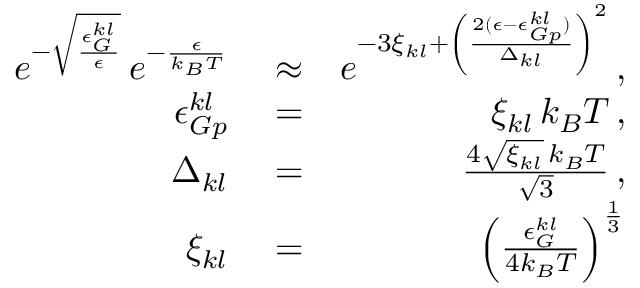
\begin{array} { r l r } { e ^ { - \sqrt { \frac { \epsilon _ { G } ^ { k l } } { \epsilon } } } \, e ^ { - \frac { \epsilon } { k _ { B } T } } } & { { } \approx } & { e ^ { - 3 \xi _ { k l } + \left( \frac { 2 ( \epsilon - \epsilon _ { G p } ^ { k l } ) } { \Delta _ { k l } } \right) ^ { 2 } } \, , } \\ { \epsilon _ { G p } ^ { k l } } & { { } = } & { \xi _ { k l } \, k _ { B } T \, , } \\ { \Delta _ { k l } } & { { } = } & { \frac { 4 \sqrt { \xi _ { k l } } \, k _ { B } T } { \sqrt { 3 } } \, , } \\ { \xi _ { k l } } & { { } = } & { \left( \frac { \epsilon _ { G } ^ { k l } } { 4 k _ { B } T } \right) ^ { \frac { 1 } { 3 } } } \end{array}